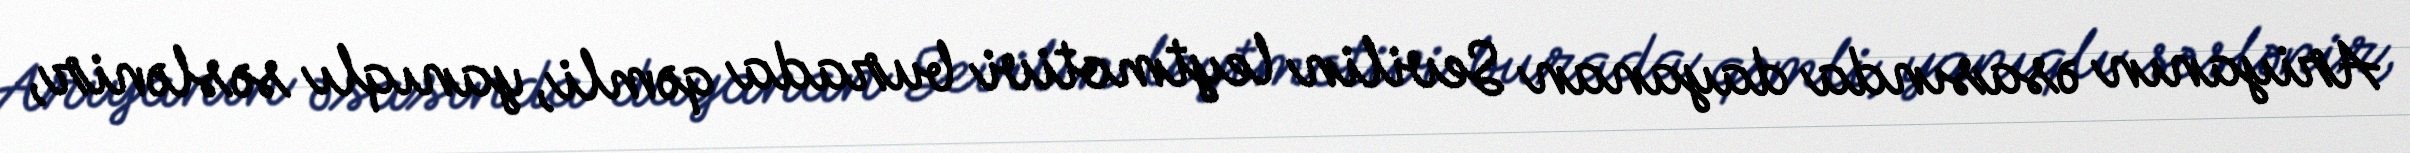
Ariyanın əsasında dayanan Sevilin leytmotivi burada qəmli, yanıqlı səslənir,